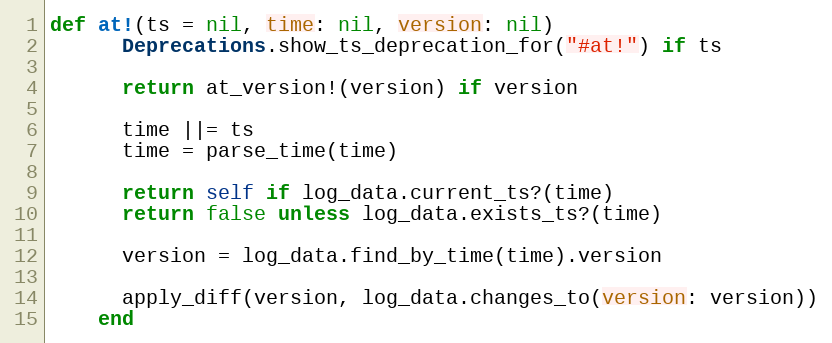
Language: Ruby
def at!(ts = nil, time: nil, version: nil)
      Deprecations.show_ts_deprecation_for("#at!") if ts

      return at_version!(version) if version

      time ||= ts
      time = parse_time(time)

      return self if log_data.current_ts?(time)
      return false unless log_data.exists_ts?(time)

      version = log_data.find_by_time(time).version

      apply_diff(version, log_data.changes_to(version: version))
    end